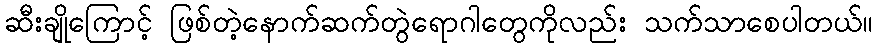
ဆီးချိုကြောင့် ဖြစ်တဲ့နောက်ဆက်တွဲရောဂါတွေကိုလည်း သက်သာစေပါတယ်။